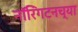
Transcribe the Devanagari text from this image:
नॉरिंगटनच्या